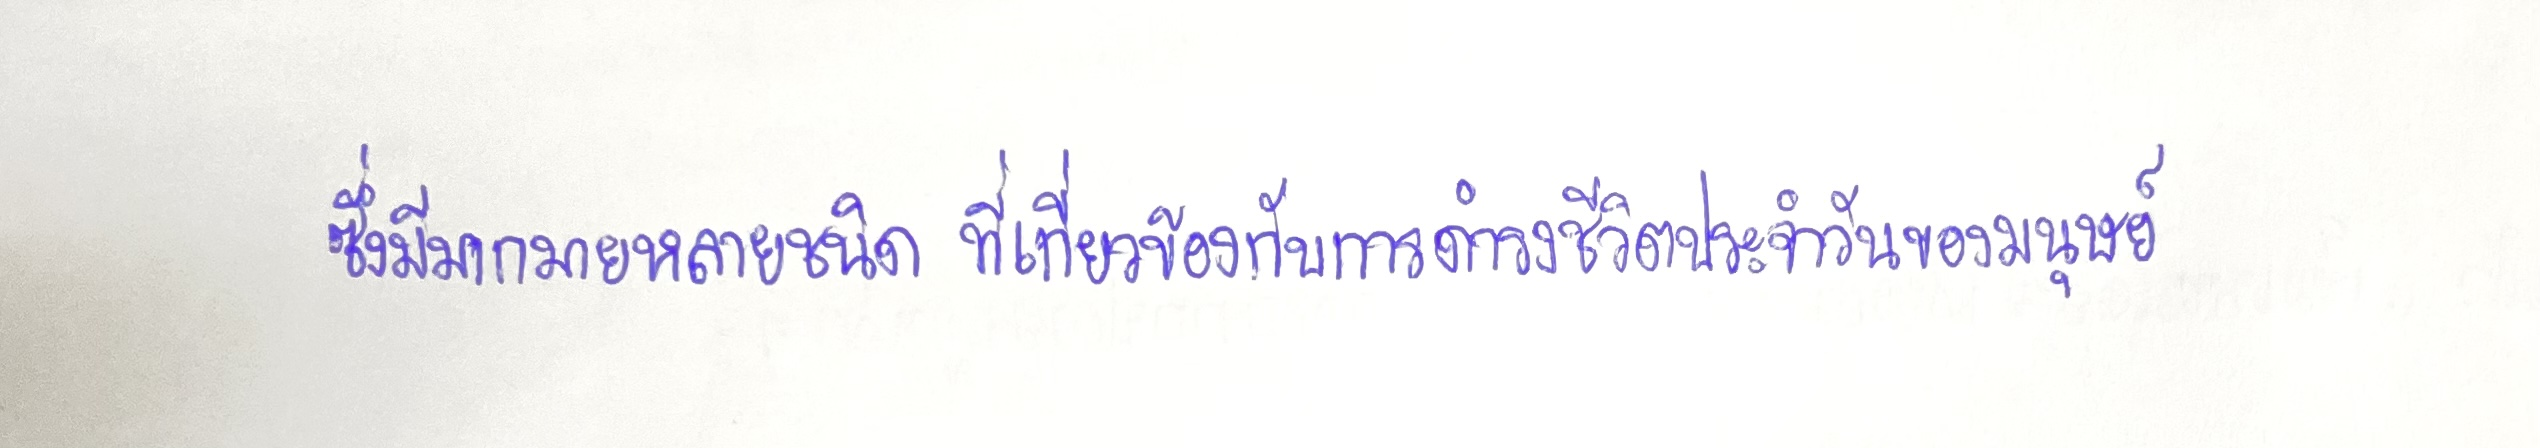
ซึ่งมีมากมายหลายชนิดที่เกี่ยวข้องกับการดำรงชีวิตประจำวันของมนุษย์